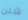
شلن